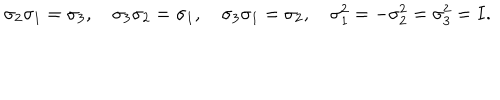
\sigma _ { 2 } \sigma _ { 1 } = \sigma _ { 3 } , \quad \sigma _ { 3 } \sigma _ { 2 } = \sigma _ { 1 } , \quad \sigma _ { 3 } \sigma _ { 1 } = \sigma _ { 2 } , \quad \sigma _ { 1 } ^ { 2 } = - \sigma _ { 2 } ^ { 2 } = \sigma _ { 3 } ^ { 2 } = I .